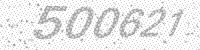
Solution: 500621